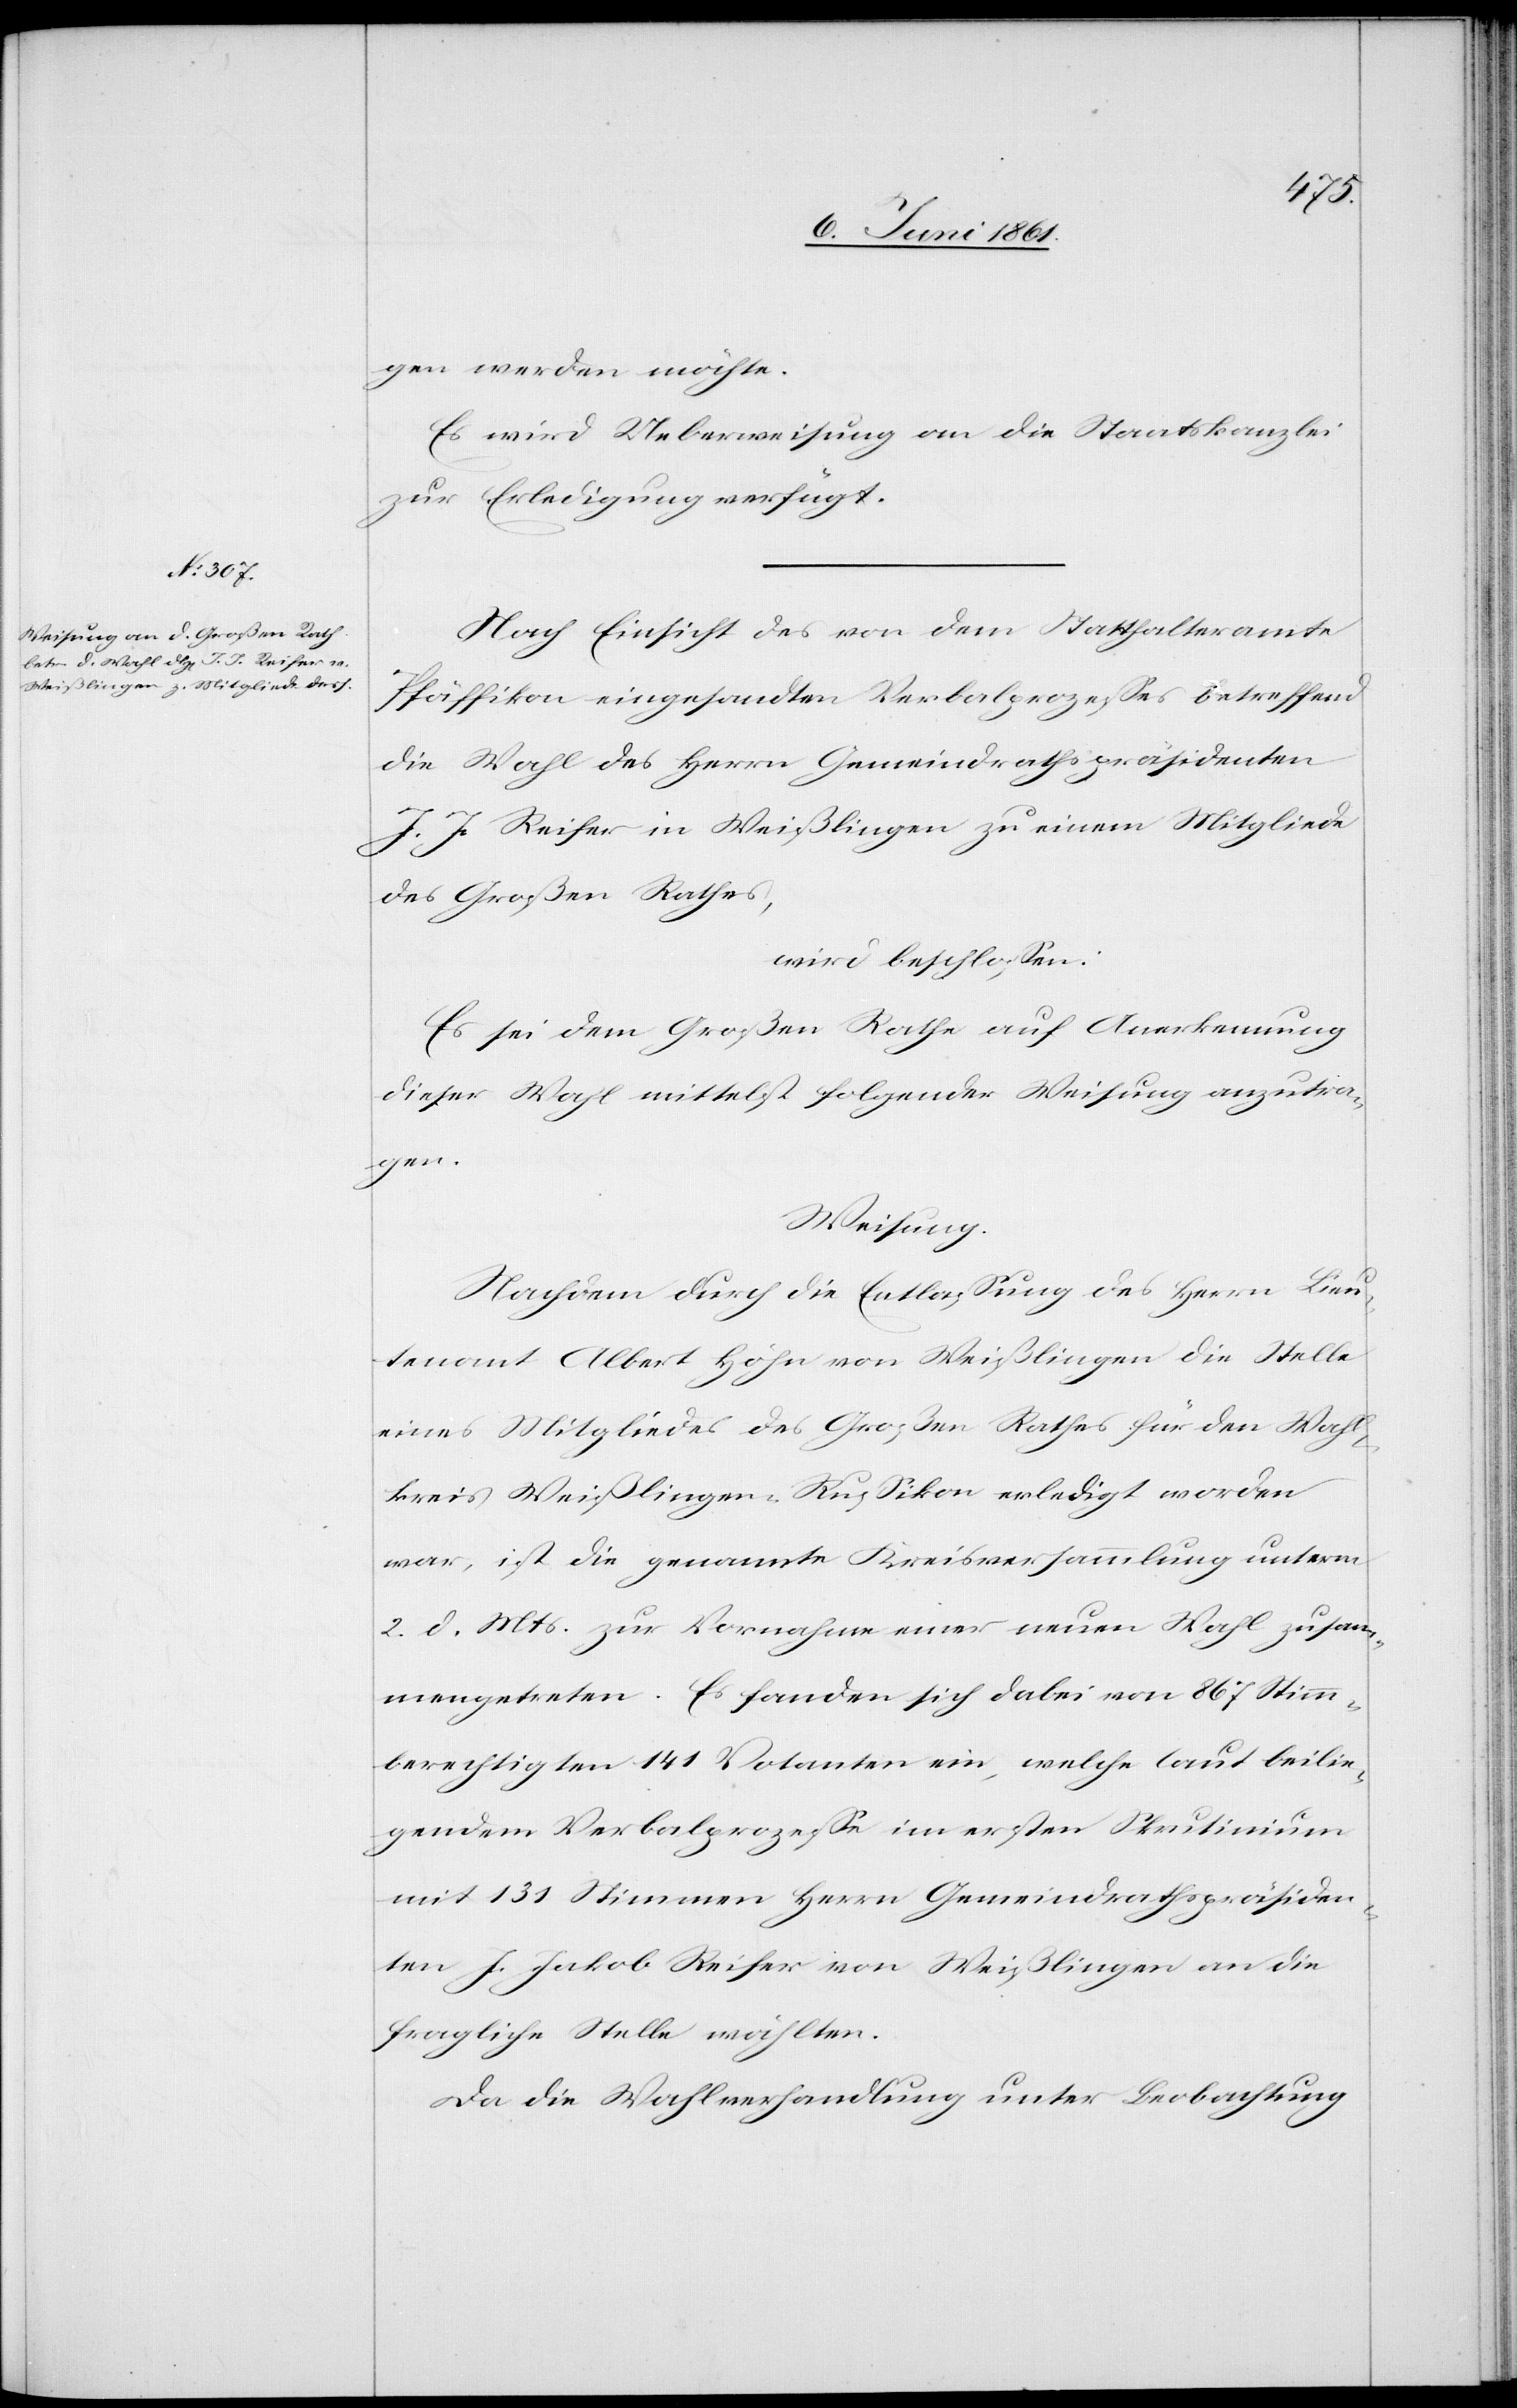
gen werden möchte.
Es wird Ueberweisung an die Staatskanzlei
zur Erledigung verfügt.
Nach Einsicht des von dem Statthalteramte
Pfäffikon eingesandten Verbalprozesses betreffend
die Wahl des Herrn Gemeindrathspräsidenten
J. J. Reifer in Weißlingen zu einem Mitgliede
des Großen Rathes,
wird beschlossen:
Es sei dem Großen Rathe auf Anerkennung
dieser Wahl mittelst folgender Weisung anzutra¬
gen.
Weisung.
Nachdem durch die Entlassung des Herrn Lieu¬
tenant Albert Höhn von Weißlingen die Stelle
eines Mitgliedes des Großen Rathes für den Wahl¬
kreis Weißlingen-Rußikon erledigt worden
war, ist die genannte Kreisversammlung unterm
2. d. Mts. zur Vornahme einer neuen Wahl zusam¬
mengetreten. Es fanden sich dabei von 867 Stimm¬
berechtigen 141 Votanten ein, welche laut beilie¬
gendem Verbalprozesse im ersten Skrutinium
mit 131 Stimmen Herrn Gemeindrathspräsiden¬
ten J. Jakob Reifer von Weißlingen an die
fragliche Stelle wählten.
Da die Wahlversammlung unter Beobachtung